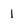
Character: 1